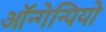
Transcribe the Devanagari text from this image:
ऑन्गेन्पियो